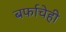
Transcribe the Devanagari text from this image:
बर्फाचेही